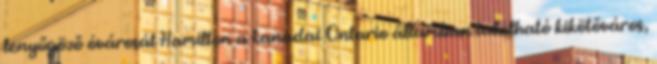
lenyűgöző óvárosát Hamilton a kanadai Ontario államban található kikötőváros,